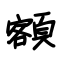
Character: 額